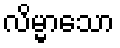
လိမ္မာသော